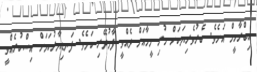
އިބްރާހީމް އަށެވެ. ބެރުވެރިޔަކަށް ހުރި މީހާއަށް ދެއްވީ ފާމުދޭރި ކަމެވެ. ފަނޑިޔާރުކަމަށް އިސްކުރެއްވީ